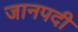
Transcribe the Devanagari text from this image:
जानपदी